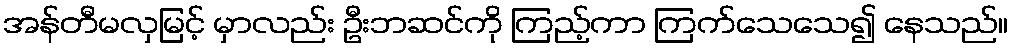
အန်တီမလှမြင့် မှာလည်း ဦးဘဆင်ကို ကြည့်ကာ ကြက်သေသေ၍ နေသည်။